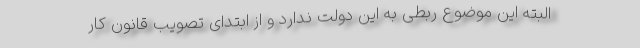
البته این موضوع ربطی به این دولت ندارد و از ابتدای تصویب قانون کار